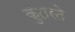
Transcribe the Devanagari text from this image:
कुतरते